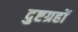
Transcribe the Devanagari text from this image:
दुष्टग्रहों